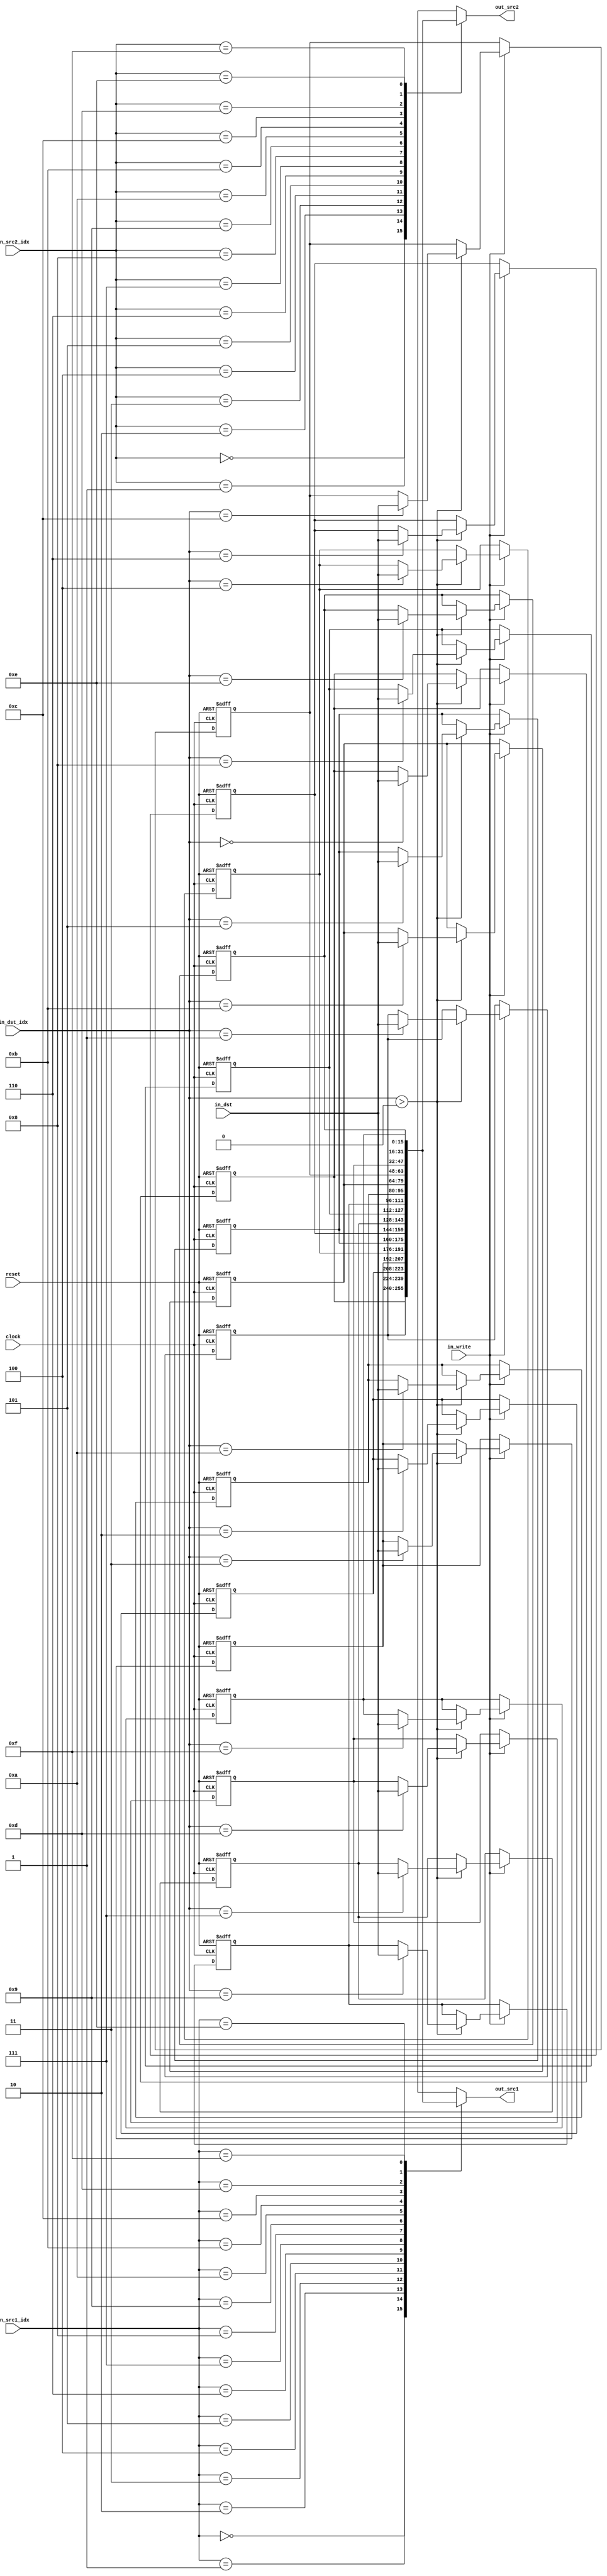
module regfile #(parameter WORD_WIDTH=16, IDX_WIDTH=4) 
       (
       input                   clock,
       input                   reset,
       input                   in_write,
       input  [IDX_WIDTH-1:0]  in_src1_idx,
       input  [IDX_WIDTH-1:0]  in_src2_idx,
       input  [IDX_WIDTH-1:0]  in_dst_idx,
       input  [WORD_WIDTH-1:0] in_dst,
       output [WORD_WIDTH-1:0] out_src1,
       output [WORD_WIDTH-1:0] out_src2
       );

    localparam NUM_REGS = (1<<IDX_WIDTH);

    integer i;

    reg [WORD_WIDTH-1:0] registers [NUM_REGS-1:0];


    // Multiplexer: select src1 output (asynchronous read)
    always @(*)
    begin
        out_src1 = registers[in_src1_idx];
    end

    // Multiplexer: select src2 output (asynchronous read)
    always @(*)
    begin
        out_src2 = registers[in_src2_idx];
    end

    // Register bank: write selected register
    always @(posedge clock or posedge reset)
    begin
        if (!reset)
        begin
            if (in_write)
            begin
                if (in_dst_idx > 0) begin
                    registers[in_dst_idx] <= in_dst;
                end
            end
        end
        else
        begin
            for (i=0; i<NUM_REGS; i++)
            begin
                registers[i] = 0;
            end
        end
    end


endmodule